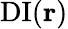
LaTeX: \mathrm{DI}(\mathbf{r})